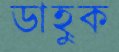
ডাহুক